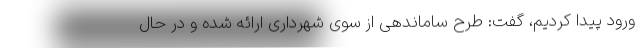
ورود پیدا کردیم، گفت: طرح ساماندهی از سوی شهرداری ارائه شده و در حال